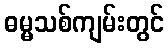
ဓမ္မသစ်ကျမ်းတွင်